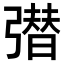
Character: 𭛆